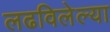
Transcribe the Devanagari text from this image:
लढविलेल्या